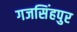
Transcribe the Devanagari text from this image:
गजसिंहपुर